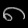
Digit: ၈